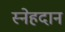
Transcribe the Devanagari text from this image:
स्नेहदान